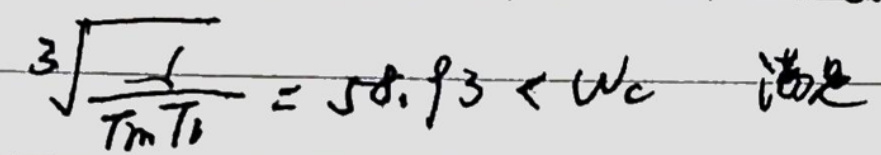
$\sqrt[3]{\frac{1}{T_mT_t}} = 58.93 < \omega_c$  满足